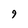
Character: 9